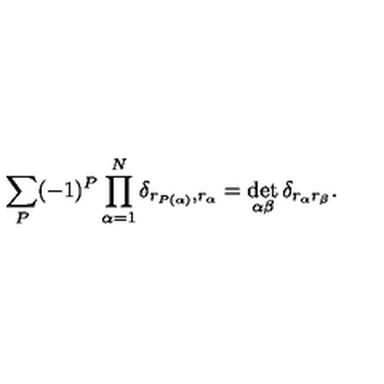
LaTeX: \sum _ { P } ( - 1 ) ^ { P } \prod _ { \alpha = 1 } ^ { N } \delta _ { r _ { P ( \alpha ) } , r _ { \alpha } } = \det _ { \alpha \beta } \delta _ { r _ { \alpha } r _ { \beta } } .